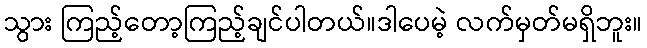
သွား ကြည့်တော့ကြည့်ချင်ပါတယ်။ဒါပေမဲ့ လက်မှတ်မရှိဘူး။